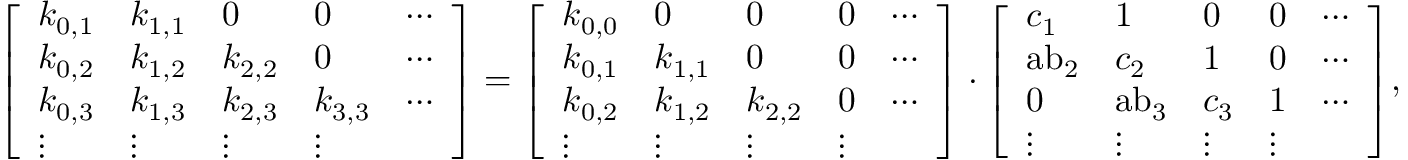
{ \left[ \begin{array} { l l l l l } { k _ { 0 , 1 } } & { k _ { 1 , 1 } } & { 0 } & { 0 } & { \cdots } \\ { k _ { 0 , 2 } } & { k _ { 1 , 2 } } & { k _ { 2 , 2 } } & { 0 } & { \cdots } \\ { k _ { 0 , 3 } } & { k _ { 1 , 3 } } & { k _ { 2 , 3 } } & { k _ { 3 , 3 } } & { \cdots } \\ { \vdots } & { \vdots } & { \vdots } & { \vdots } \end{array} \right] } = { \left[ \begin{array} { l l l l l } { k _ { 0 , 0 } } & { 0 } & { 0 } & { 0 } & { \cdots } \\ { k _ { 0 , 1 } } & { k _ { 1 , 1 } } & { 0 } & { 0 } & { \cdots } \\ { k _ { 0 , 2 } } & { k _ { 1 , 2 } } & { k _ { 2 , 2 } } & { 0 } & { \cdots } \\ { \vdots } & { \vdots } & { \vdots } & { \vdots } \end{array} \right] } \cdot { \left[ \begin{array} { l l l l l } { c _ { 1 } } & { 1 } & { 0 } & { 0 } & { \cdots } \\ { { \mathrm { a b } } _ { 2 } } & { c _ { 2 } } & { 1 } & { 0 } & { \cdots } \\ { 0 } & { { \mathrm { a b } } _ { 3 } } & { c _ { 3 } } & { 1 } & { \cdots } \\ { \vdots } & { \vdots } & { \vdots } & { \vdots } \end{array} \right] } ,